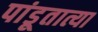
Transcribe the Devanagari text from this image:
पांडूतात्या